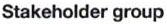
Stakeholder group